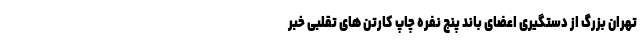
تهران بزرگ از دستگیری اعضای باند پنج نفره چاپ کارتن های تقلبی خبر